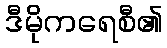
ဒီမိုကရေစီ၏